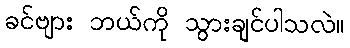
ခင်ဗျား ဘယ်ကို သွားချင်ပါသလဲ။